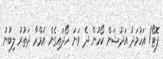
ފޮޓޯ/ އަހުމަދު އަދުޝަން ކޯހުން ދެ ވަނަ ހޯދައިގެން އުމްރާ ދަތުރު ލިބުނު